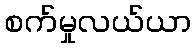
စက်မှုလယ်ယာ